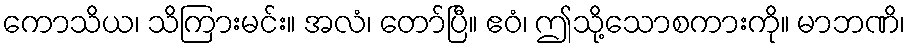
ကောသိယ၊ သိကြားမင်း။ အလံ၊ တော်ပြီ။ ဧဝံ၊ ဤသို့သောစကားကို။ မာဘဏိ၊